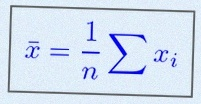
\bar{x}=\frac1n\sum x_i